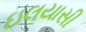
ઇલયાસી